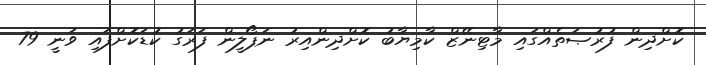
ކޮށްދިން ފުރުޞަތެއްގައި މާޓިނޭޒް ކާމިޔާބު ކޮށްދިންއިރު ނަޕޯލީން ފަރަގު ކުޑަކޮށްފައި ވަނީ 79